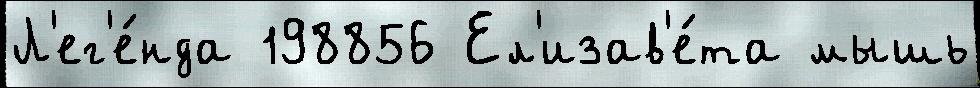
Л'ег'е́нда 198856 Ел'изав'е́та мышь